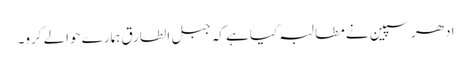
ادھر سپین نے مطالبہ کیا ہے کہ جبل الطارق ہمارے حوالے کرو۔